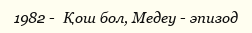
1982 -  Қош бол, Медеу - эпизод